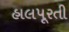
હાલપૂરતી